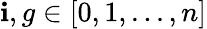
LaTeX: {\mathbf{i},g}\in[0,1,...,n]